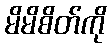
မိမိစိတ်ကို